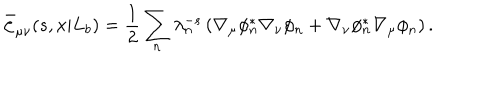
LaTeX: \bar { \zeta } _ { \mu \nu } ( s , x | L _ { b } ) = { \frac { 1 } { 2 } } \sum _ { n } \lambda _ { n } ^ { - s } \left( \nabla _ { \mu } \phi _ { n } ^ { * } \nabla _ { \nu } \phi _ { n } + \nabla _ { \nu } \phi _ { n } ^ { * } \nabla _ { \mu } \phi _ { n } \right) .